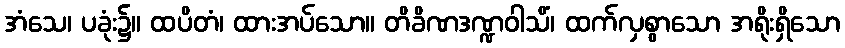
အံသေ၊ ပခုံး၌။ ထပိတံ၊ ထားအပ်သော။ တိခိဏဒဏ္ဍဝါသိံ၊ ထက်လှစွာသော အရိုးရှိသော